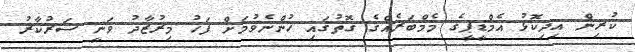
ކުރިން އިދިކޮޅު އެމްޑީޕީގެ މެމްބަރެއްގެ ގޮތުގައި ހުންނެވުމަށް ފަހު މިރުޒާދު ވަނީ ސަރުކާރު